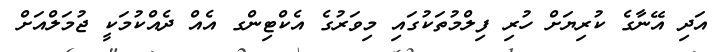
އަދި އޭނާގެ ކުރިޔަށް ހުރި ފިލްމުތަކުގައި މިވަރުގެ އެކްޓިންގ އެއް ދެއްކުމަކީ ޖުމަލްއަށް